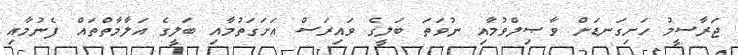
ޖަރާސީމު ހަށިގަނޑަށް ވާޞިލްވުމާއި ނުވަތަ ބަލީގެ ވައިރަސް އަށަގަތުމާއި ބަލީގެ އަލާމާތްތައް ފެނުމާއި